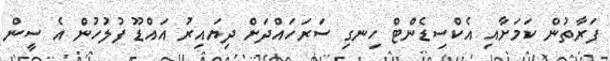
ފަރާތުން ކަމަށާއި އެކްސިޑެންޓް ހިނގި ސަރަހައްދަށް ދިޔައިރު އައްޑޫ ފުލުހުން އެ ސީން